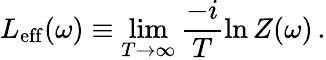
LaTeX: L_{\mathrm{eff}}(\omega)\equiv\operatorname*{lim}_{T\to\infty}\frac{-i}{T}\ln Z(\omega)\, .